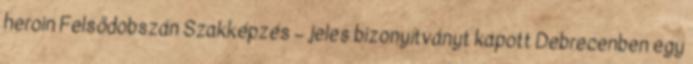
heroin Felsődobszán Szakképzés – jeles bizonyítványt kapott Debrecenben egy